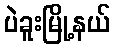
ပဲခူးမြို့နယ်